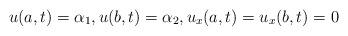
LaTeX: \begin{align*}u(a,t)=\alpha_1,u(b,t)=\alpha_2, u_{x}(a,t)=u_{x}(b,t)=0\end{align*}